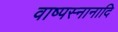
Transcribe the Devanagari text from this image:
वाष्पस्नानादि